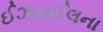
ઈઝરાઈલના